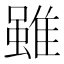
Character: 雖